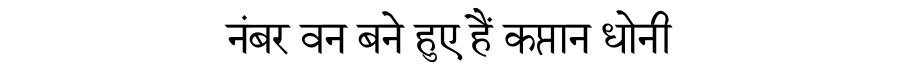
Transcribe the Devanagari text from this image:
नंबर वन बने हुए हैं कप्तान धोनी